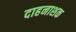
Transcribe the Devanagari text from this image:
दाहनाशक